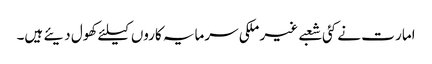
امار ت نے کئی شعبے غیر ملکی سرمایہ کاروں کیلئے کھول دیئے ہیں۔